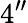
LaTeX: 4^{"}